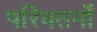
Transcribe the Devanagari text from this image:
परिवतर्नों